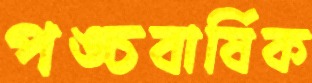
পঙ্চবার্ষিক